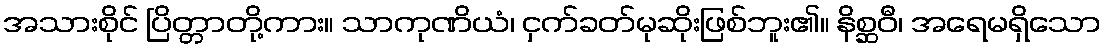
အသားစိုင် ပြိတ္တာတို့ကား။ သာကုဏိယံ၊ ငှက်ခတ်မုဆိုးဖြစ်ဘူး၏။ နိစ္ဆဝီ၊ အရေမရှိသော